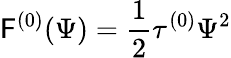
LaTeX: {\cal\mathsf{F}}^{(0)}(\Psi)=\frac{{1}}{{2}}\tau^{(0)}\Psi^{2}